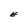
Character: E